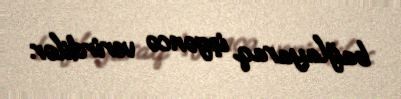
bağlayaraq işgəncə verirdilər.